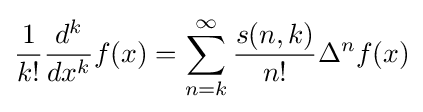
{\frac {1}{k!}}{\frac {d^{k}}{dx^{k}}}f(x)=\sum _{n=k}^{\infty }{\frac {s(n,k)}{n!}}\Delta ^{n}f(x)